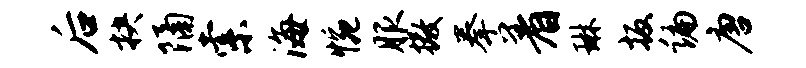
后抉隔索海惋服撒拳着琳扳编唐